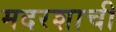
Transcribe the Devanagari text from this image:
मदरशाची